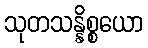
သုတသန္နိစ္စယော